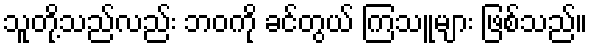
သူတို့သည်လည်း ဘဝကို ခင်တွယ် ကြသူများ ဖြစ်သည်။